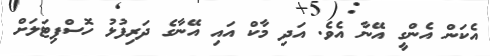
އެކަން އެންގީ އޭނާ އެވެ. އަދި މާކް އައި އޭނާގެ ދަރިފުޅު ހޮސްޕިޓަލަށް